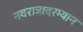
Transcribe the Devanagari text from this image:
नवरात्रादरम्यान